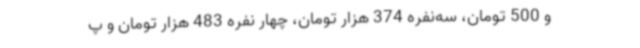
و 500 تومان، سه‌نفره 374 هزار تومان، چهار نفره 483 هزار تومان و پ